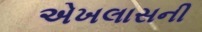
એખલાસની